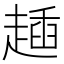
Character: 𧼰